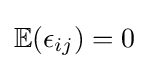
\mathbb {E} (\epsilon _{ij})=0